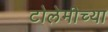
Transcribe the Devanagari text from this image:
टोलेमीच्या